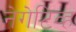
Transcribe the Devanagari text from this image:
नेगेटिव्ह